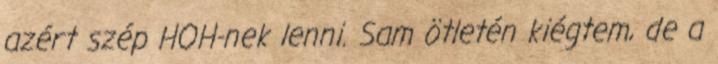
azért szép HOH-nek lenni. Sam ötletén kiégtem, de a